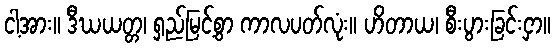
ငါ့အား။ ဒီဃယတ္တ၊ ရှည်မြင့်စွာ ကာလပတ်လုံး။ ဟိတာယ၊ စီးပွားခြင်းငှာ။